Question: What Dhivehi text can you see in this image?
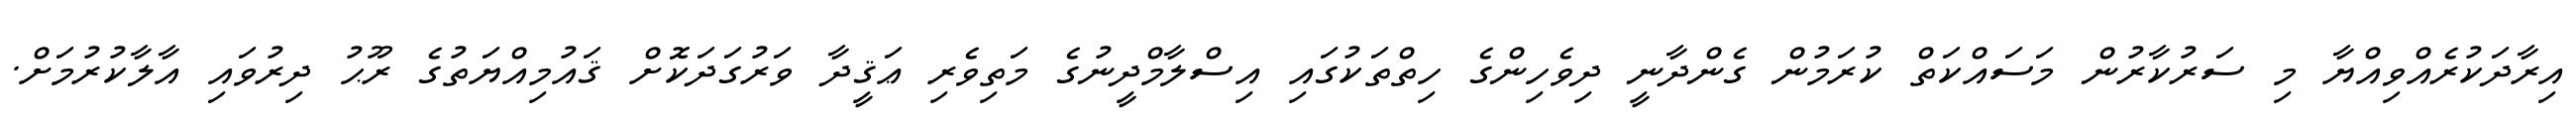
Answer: އިރާދަކުރެއްވިއްޔާ މި ސަރުކާރުން މަސައްކަތް ކުރަމުން ގެންދާނީ ދިވެހިންގެ ހިތްތަކުގައި އިސްލާމްދީނުގެ މަތިވެރި ޢަޤީދާ ވަރުގަދަކޮށް ޤައުމިއްޔަތުގެ ރޫޙު ދިރުވައި އާލާކުރުމަށް.